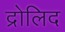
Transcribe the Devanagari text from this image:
द्रोलिद